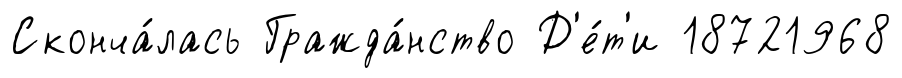
Сконча́лась Гражда́нство Д'е́т'и 18721968